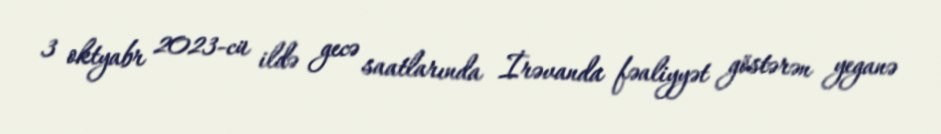
3 oktyabr 2023-cü ildə gecə saatlarında İrəvanda fəaliyyət göstərən yeganə